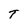
Character: T